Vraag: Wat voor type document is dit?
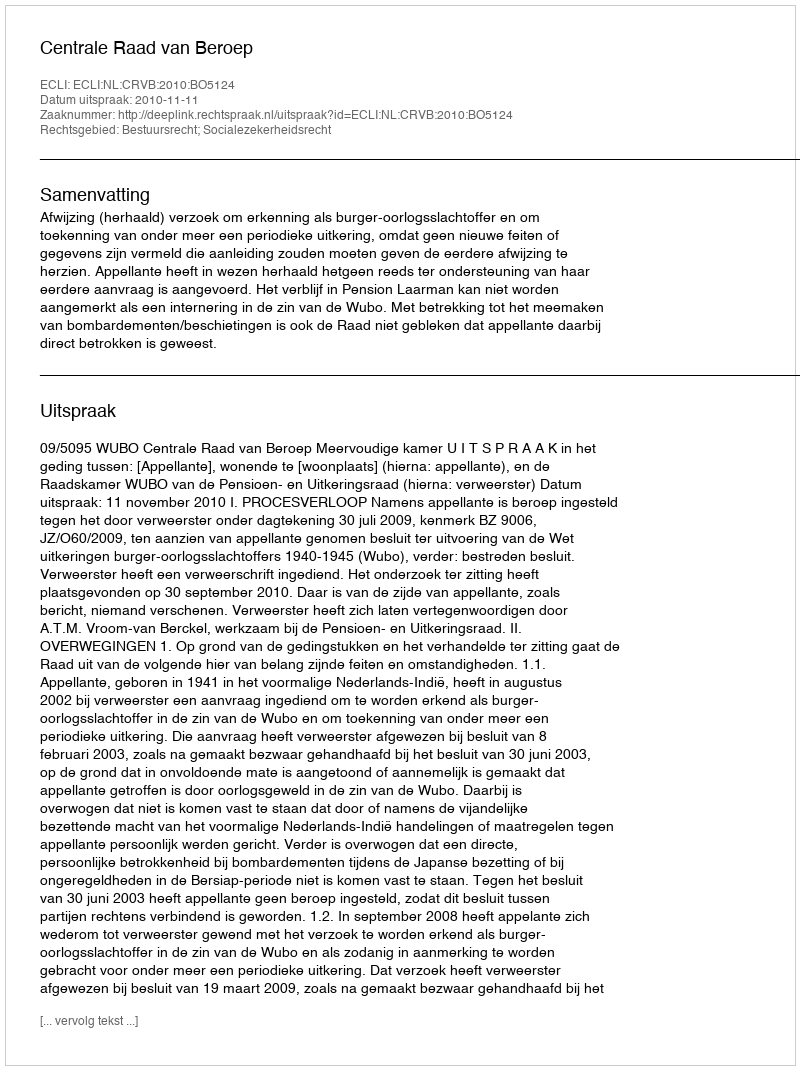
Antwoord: Uitspraak